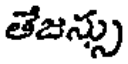
తేజన్సు